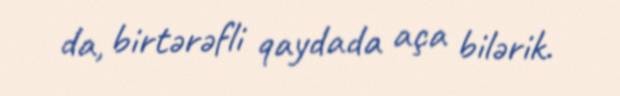
da, birtərəfli qaydada aça bilərik.